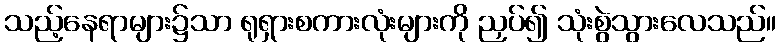
သည့်နေရာများ၌သာ ရုရှားစကားလုံးများကို ညှပ်၍ သုံးစွဲသွားလေသည်။